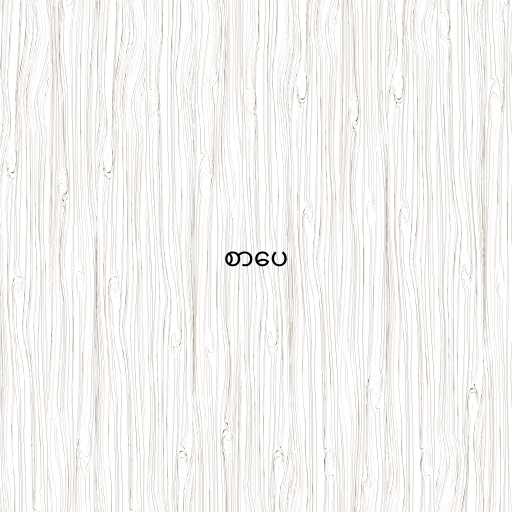
စာပေ